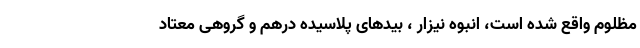
مظلوم واقع شده است، انبوه نیزار ، بیدهای پلاسیده درهم و گروهی معتاد